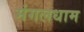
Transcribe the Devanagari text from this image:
मंगलधाम